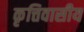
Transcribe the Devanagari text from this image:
कृत्तिवासीय